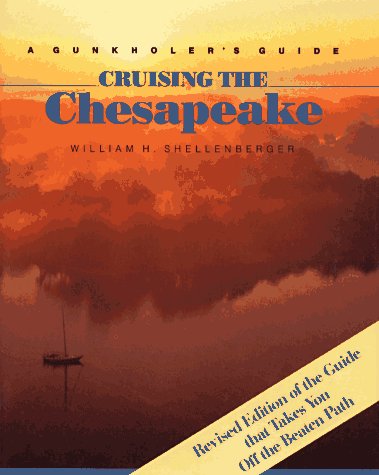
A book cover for Cruising the Chesapeake: A Gunkholer's Guide; William H. Shellenberger; Travel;